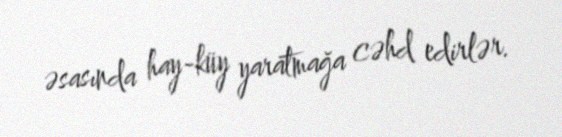
əsasında hay-küy yaratmağa cəhd edirlər.